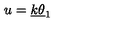
u = \underline { { k } } \underline { { \theta } } _ { 1 }